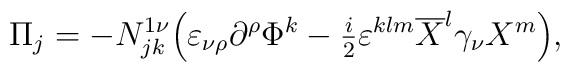
\Pi _j=-    N^{1\nu}_{jk}\Bigl( \varepsilon_{\nu\rho}\partial^\rho \Phi^k-{\textstyle   \frac i2} \varepsilon^{klm}\overline{X}^l \gamma_\nu X^m \Bigr),